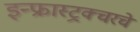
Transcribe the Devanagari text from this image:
इन्फ्रास्ट्रक्चरचे